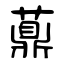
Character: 薡